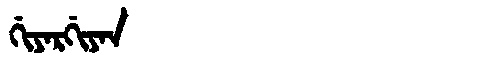
Manchu: ᡤᡳᠶᠠᡵᡤᡳᠶᠠᠨ
Romanization: GIYARGIYAN